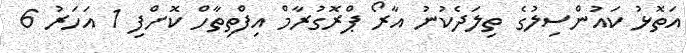
އަތޮޅު ކައުންސިލުގެ ތިލަދެކުނު އާރޯ ޕްރޮގުރާމް އިފްތިތާހް ކޮށްފި 1 އަހަރު 6